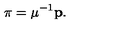
\mathrm { \boldmath \pi } = \mu ^ { - 1 } { \bf p } .